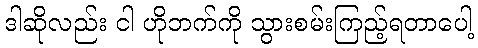
ဒါဆိုလည်း ငါ ဟိုဘက်ကို သွားစမ်းကြည့်ရတာပေါ့